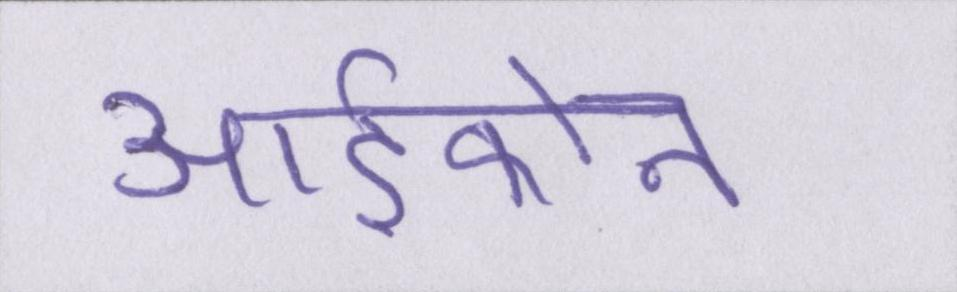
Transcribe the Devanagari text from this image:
आईफोन